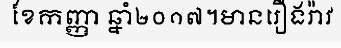
ខែកញ្ញា ឆ្នាំ២០១៧។មានរឿងរ៉ាវ